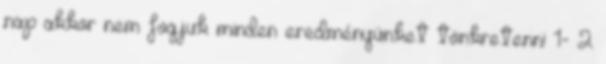
nap akkor nem fogjuk minden eredményünket tönkretenni 1- 2